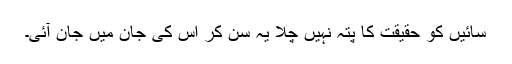
سائیں کو حقیقت کا پتہ نہیں چلا یہ سن کر اس کی جان میں جان آئی۔